Veterinary [1916] -
Year: 1916
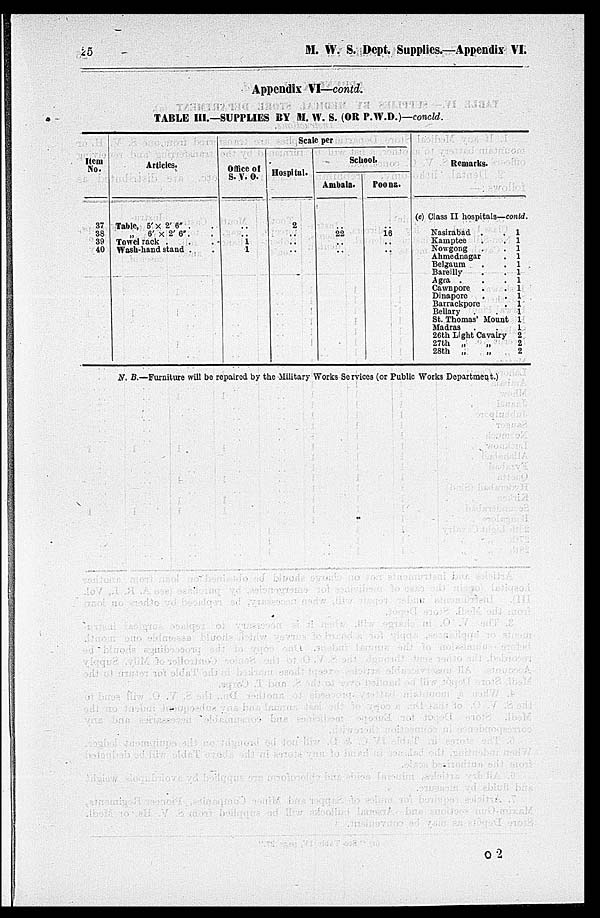
25
M. W. S. Dept. Supplies.—Appendix VI.
Appendix VI—contd.
TABLE III.—SUPPLIES BY M. W. S. (OR P.W.D.)—concld.
Item
No.
37
38
39
40
Articles.
Table, 5' × 2' 6'' . .
„
6' × 2' 6'' . .
Towel rack . . .
Wash-hand stand . .
Scale per
Office of
S. V. O.
..
.. 1 1
Hospital.
2
..
..
..
School.
Ambala.
.. 22
..
..
Poona.
.. 16
..
..
Remarks.
(e) Class II hospitals—contd.
Nasirabad .
. 1
Kamptee
.
. 1
Nowgong
.
. 1
Ahmednagar
. 1
Belgaum
.
. 1
Bareilly
.
. 1
Agra .
.
. 1
Cawnpore .
. 1
Dinapore
.
. 1
Barrackpore
. 1
Bellary .
.
1
St. Thomas' Mount 1
Madras .
.
1
26th Light Cavalry 2
27th „
„
2
28th „
„
2
N. B.—Furniture will be repaired by the Military Works Services (or Public Works Department.)
C 2